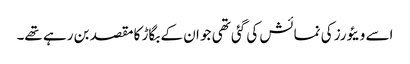
اسے ویئورز کی نمائش کی گئی تھی جو ان کے بگاڑ کا مقصد بن رہے تھے۔